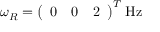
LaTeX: { \boldsymbol { \omega } } _ { R } = { \left( \begin{array} { l l l } { 0 } & { 0 } & { 2 } \end{array} \right) } ^ { T } \; { \mathrm { H z } }